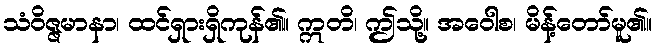
သံဝိဇ္ဇမာနာ၊ ထင်ရှားရှိကုန်၏။ ဣတိ၊ ဤသို့။ အဝေါစ၊ မိန့်တော်မူ၏။